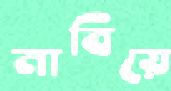
নাবিয়ে